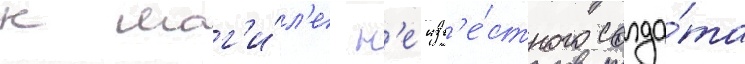
к мог'и́л'е н'еизв'е́стного солда́та